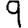
Digit: 9